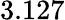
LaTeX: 3.127